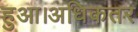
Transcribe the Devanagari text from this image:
हुआ।अधिकतर